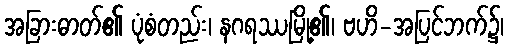
အခြားဓာတ်၏ ပုံစံတည်း၊ နဂရဿမြို့၏၊ ဗဟိ-အပြင်ဘက်၌၊